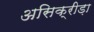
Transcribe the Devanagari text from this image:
असिक्रीड़ा